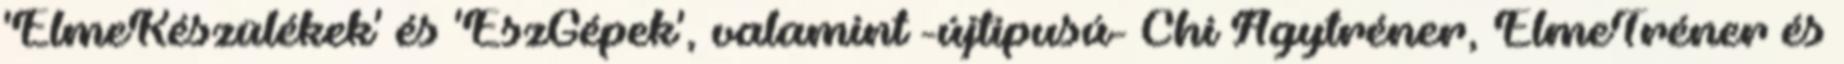
'ElmeKészülékek' és 'ÉszGépek', valamint -újtipusú- Chi Agytréner, ElmeTréner és